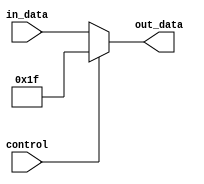
`timescale 1ns / 1ps
////////////////////////////////////////////////////////////////////////////////
// Group : 7
// Members : 
// Battala Vamshi Krishna - 19CS10019
// Mahajan Rohan Raj - 19CS10042
// Assignment - 7
////////////////////////////////////////////////////////////////////////////////
module mux_5_bit_2x1(
		in_data,
		control,
		out_data
    );
input control;
input [4:0] in_data;
output reg[4:0] out_data;

always @(*)
begin
	if (control) out_data <= 5'b11111;
	else out_data <= in_data;
end

endmodule